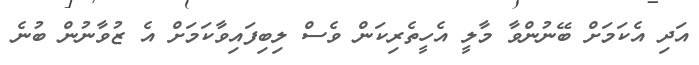
އަދި އެކަމަށް ބޭނުންވާ މާލީ އެހީތެރިކަން ވެސް ލިބިފައިވާކަަމަށް އެ ޒުވާނުން ބުނެ